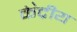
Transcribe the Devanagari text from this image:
के॓द्रीय